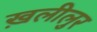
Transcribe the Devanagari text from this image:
ख़लीलुर